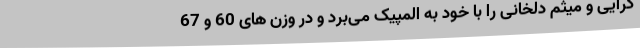
گرایی و میثم دلخانی را با خود به المپیک می‌برد و در وزن های 60 و 67